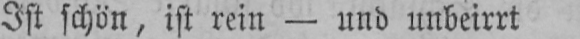
Ist schön, ist rein - und unbeirrt